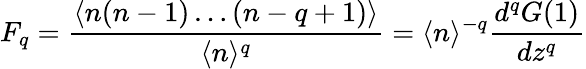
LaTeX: F_{q}=\frac{\langle n(n-1)\ldots(n-q+1)\rangle}{\langle n\rangle^{q}}=\langle n\rangle^{-q}\frac{d^{q}G(1)}{dz^{q}}